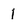
Character: 1